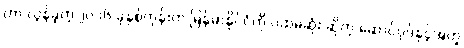
ဟာ လွန်ခဲ့တဲ့ ၂၀၁၆ ခုနှစ်တုန်းက မြန်မာနိုင်ငံကို ပထမဆုံး ဆိုတဲ့ ဆောင်ပုဒ်နှင့်အတူ